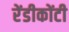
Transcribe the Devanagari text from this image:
रेंडीकोंटी